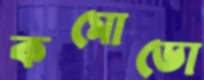
কমোডো